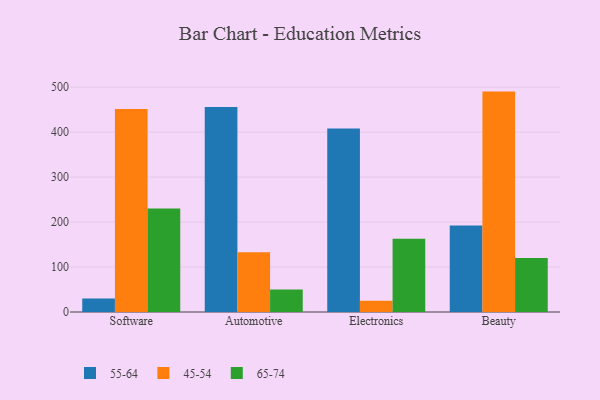
{"axis": {"x": "Category", "y": "Bounce Rate (%)"}, "legend": ["45-54", "55-64", "65-74"], "data": [{"x": "Software", "y": 30.1, "type": "55-64"}, {"x": "Software", "y": 451.5, "type": "45-54"}, {"x": "Software", "y": 230.4, "type": "65-74"}, {"x": "Automotive", "y": 456.2, "type": "55-64"}, {"x": "Automotive", "y": 133.1, "type": "45-54"}, {"x": "Automotive", "y": 50.0, "type": "65-74"}, {"x": "Electronics", "y": 408.4, "type": "55-64"}, {"x": "Electronics", "y": 25.0, "type": "45-54"}, {"x": "Electronics", "y": 162.9, "type": "65-74"}, {"x": "Beauty", "y": 192.7, "type": "55-64"}, {"x": "Beauty", "y": 490.3, "type": "45-54"}, {"x": "Beauty", "y": 120.2, "type": "65-74"}]}